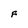
Character: F